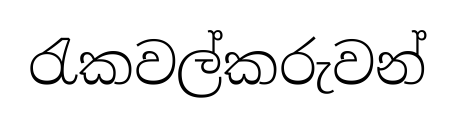
රැකවල්කරුවන්